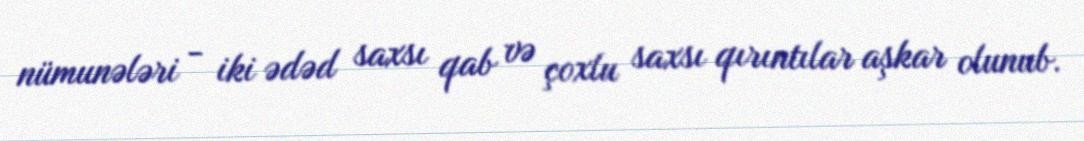
nümunələri - iki ədəd saxsı qab və çoxlu saxsı qırıntılar aşkar olunub.